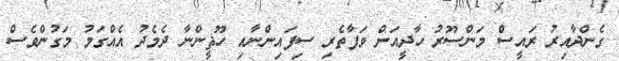
ގެންދާއިރު ރައީސް މަންސޫރު ހާދީއަށް ވަފާތެރި ސިފައިންނާއި ހޫޘީންނާ ދެމެދު އެއްގަމު މަގުންވެސް